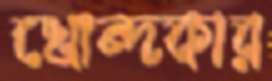
খোন্দকার